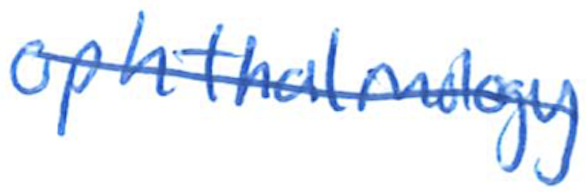
Text: ophthalmology
Cross-out: diagonal
Writing tool: ballpoint